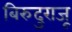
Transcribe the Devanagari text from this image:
बिरुदुराजू